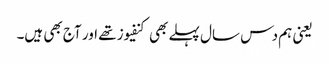
یعنی ہم دس سال پہلے بھی کنفیوز تھے اور آج بھی ہیں۔